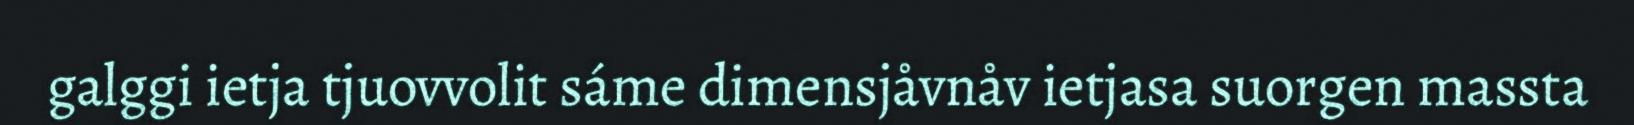
galggi ietja tjuovvolit sáme dimensjåvnåv ietjasa suorgen massta